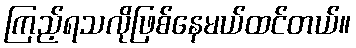
ကြည့်ရသလိုဖြစ်နေမယ်ထင်တယ်။